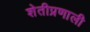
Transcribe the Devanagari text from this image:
शेतीप्रणाली